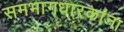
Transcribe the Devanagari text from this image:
समभागधारकांना